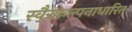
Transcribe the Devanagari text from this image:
स्वैरकल्पनाधारित